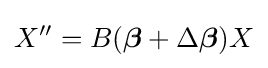
X''=B({\boldsymbol {\beta }}+\Delta {\boldsymbol {\beta }})X